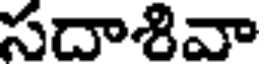
సదాశివా